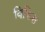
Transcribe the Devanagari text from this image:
विकिस